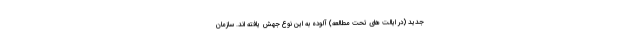
جدید (در ایالت های تحت مطالعه) آلوده به این نوع جهش یافته اند. سازمان